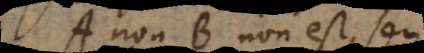
A non B non est, seu